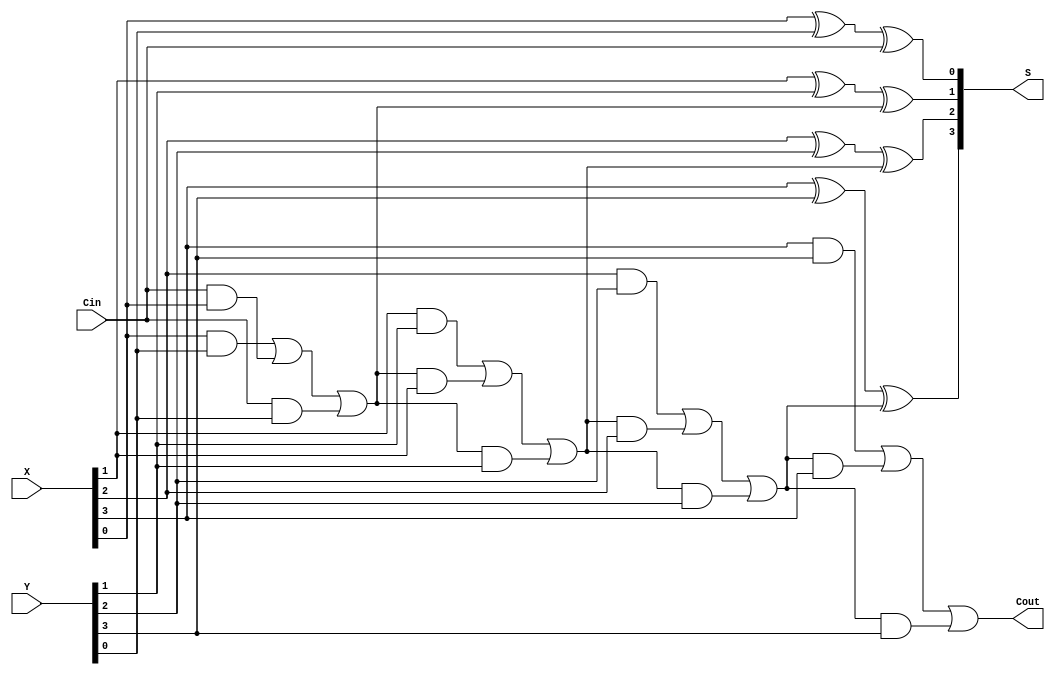
module RippleAdder(Cin, X, Y, S, Cout);
	parameter n = 4;
	
	input Cin;
	input [n-1:0] X, Y;
	
	output reg [n-1:0] S;
	output reg Cout;
	
	reg [n:0] C;
	
	always @(X, Y, Cin) begin: fulladders
		integer k;
		
		C[0] = Cin;
			for (k=0; k <= n-1; k = k+1) begin
				S[k] = X[k] ^ Y[k] ^ C[k];
				C[k+1]= (X[k] & Y[k]) | (C[k] & X[k]) | (C[k] & Y[k]);
		end
		Cout = C[n];
	end
endmodule